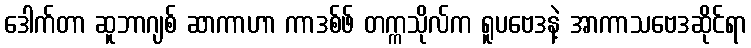
ဒေါက်တာ ဆူဘာဂျစ် ဆာကာဟာ ကာဒစ်ဖ် တက္ကသိုလ်က ရူပဗေဒနဲ့ အာကာသဗေဒဆိုင်ရာ